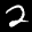
Label: 2